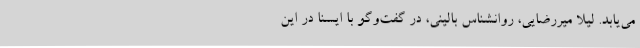
می‌یابد. لیلا میررضایی، روانشناس بالینی، در گفت‌وگو با ایسنا در این